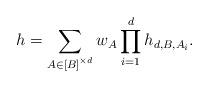
LaTeX: \begin{align*} h = \sum_{A \in \left[B\right]^{\times d}} w_A \prod_{i=1}^d h_{d,B,A_i}. \end{align*}